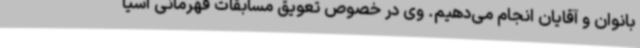
بانوان و آقایان انجام می‌دهیم. وی در خصوص تعویق مسابقات قهرمانی آسیا